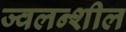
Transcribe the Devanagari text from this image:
ज्वलन्शील